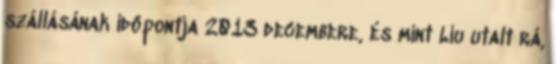
szállásának időpontja 2013 decembere, és mint Liu utalt rá,